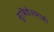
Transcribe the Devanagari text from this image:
सुविधेअभावी